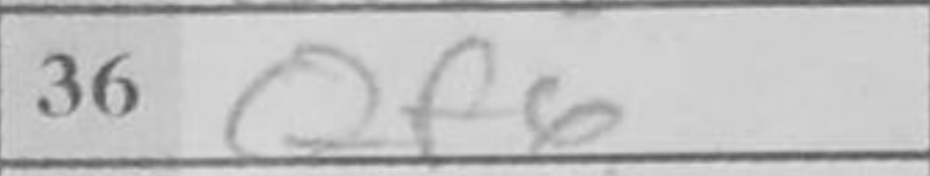
Transcription: Qf6